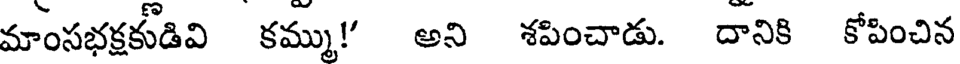
మాంసభక్షకుడివి కమ్ము! అని శపించాడు. దానికి కోపించిన